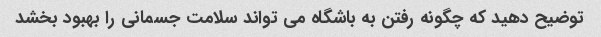
توضیح دهید که چگونه رفتن به باشگاه می تواند سلامت جسمانی را بهبود بخشد